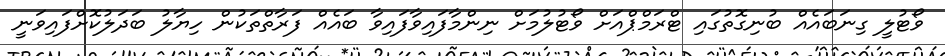
ވޯޓުލީ ގިނަބައެއް ބުނިގޮތުގައި ޓްރަމްޕްއަށް ވޯޓުލުމަށް ނިންމާފައިވާފައިވާ ބައެއް ފަރާތްތަކުން ހިޔާލު ބަދަލުކޮށްފައިވަނީ